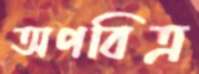
অপবিত্র